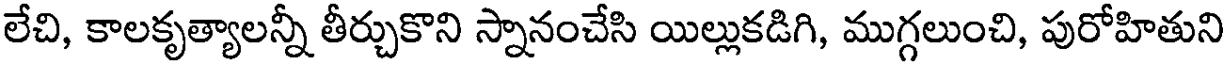
లేచి, కాలకృత్యాలన్నీ తీర్చుకొని స్నానంచేసి యిల్లుకడిగి, ముగ్గలుంచి, పురోహితుని